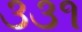
૩૩૧